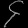
Digit: ၄